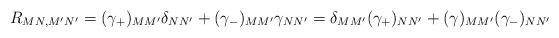
LaTeX: \begin{align*}R_{MN,M'N'} = (\gamma_{+})_{MM'} \delta_{NN'} + (\gamma_{-})_{MM'}\gamma_{NN'} = \delta_{MM'} (\gamma_{+})_{NN'} + (\gamma)_{MM'} (\gamma_{-})_{NN'} \end{align*}